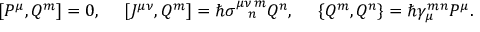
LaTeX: [ P ^ { \mu } , Q ^ { m } ] = 0 , \ \ \ \ [ J ^ { \mu \nu } , Q ^ { m } ] = \hbar \sigma _ { \ \ \, n } ^ { \mu \nu \, m } Q ^ { n } , \ \ \ \ \{ Q ^ { m } , Q ^ { n } \} = \hbar \gamma _ { \mu } ^ { m n } P ^ { \mu } .